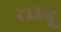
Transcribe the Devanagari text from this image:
टाउंगू